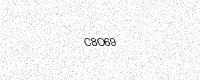
Text: C8O69